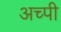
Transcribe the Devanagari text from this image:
अच्पी